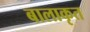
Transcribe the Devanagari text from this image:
बालाकृत